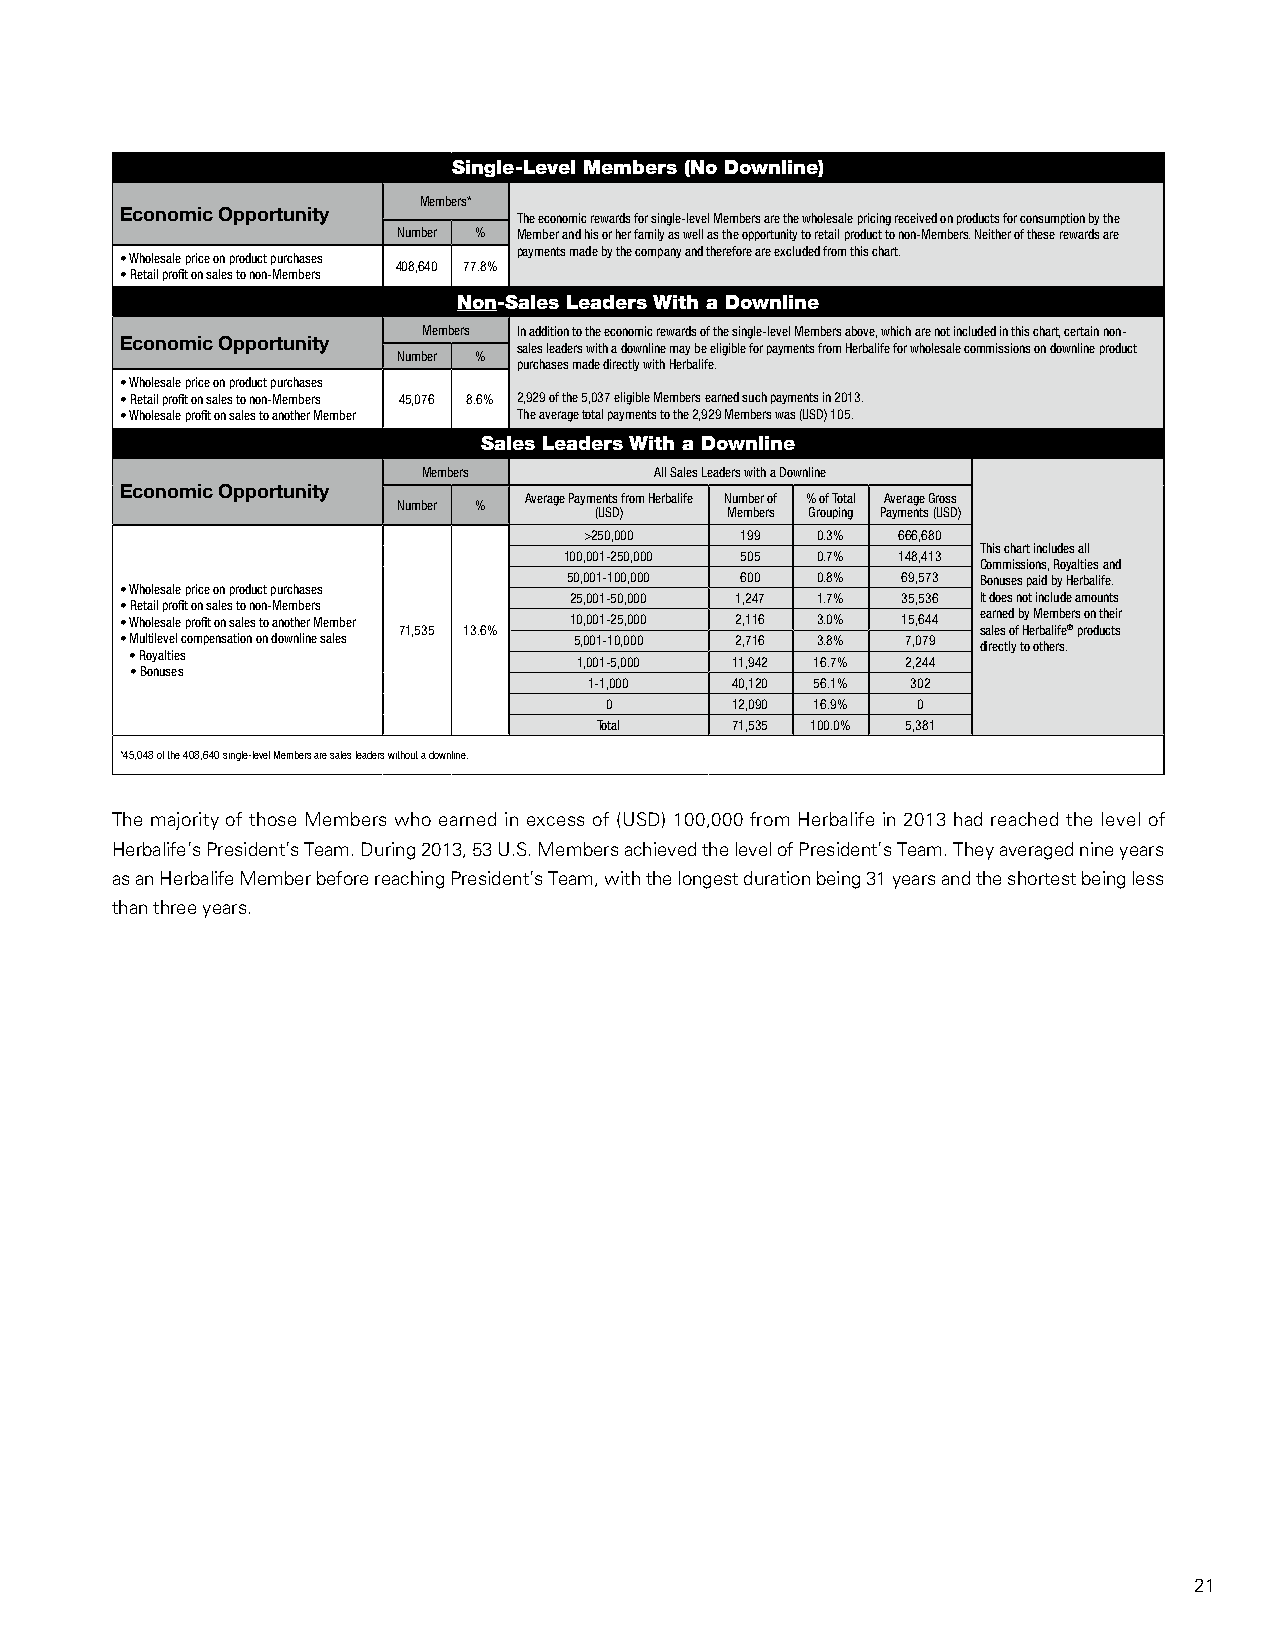
Single-Level Members (No Downline)
 Members*
 Economic Opportunity
 The economic rewards for single-level Members are the wholesale pricing received on products for consumption by the
 Number % Member and his or her family as well as the opportunity to retail product to non-Members. Neither of these rewards are
 payments made by the company and therefore are excluded from this chart.
 • Wholesale price on product purchases
 408,640 77.8%
 • Retail profit on sales to non-Members
 Non-Sales Leaders With a Downline
 Members In addition to the economic rewards of the single-level Members above, which are not included in this chart, certain non-
 Economic Opportunity
 sales leaders with a downline may be eligible for payments from Herbalife for wholesale commissions on downline product
 Number %
 purchases made directly with Herbalife.
 • Wholesale price on product purchases
 • Retail profit on sales to non-Members 45,076 8.6% 2,929 of the 5,037 eligible Members earned such payments in 2013.
 • Wholesale profit on sales to another Member The average total payments to the 2,929 Members was (USD) 105.
 Sales Leaders With a Downline
 Members        All Sales Leaders with a Downline
 Economic Opportunity
 Average Payments from Herbalife Number of % of Total Average Gross
 Number %
 (USD)    Members Grouping Payments (USD)
 >250,000  199  0.3%  666,680
 This chart includes all
 100,001-250,000 505 0.7% 148,413
 Commissions, Royalties and
 50,001-100,000 600 0.8% 69,573 Bonuses paid by Herbalife.
 • Wholesale price on product purchases
 25,001-50,000 1,247 1.7% 35,536 It does not include amounts
 • Retail profit on sales to non-Members
 • Wholesale profit on sales to another Member 10,001-25,000 2,116 3.0% 15,644 earned by Members on their
 71,535 13.6%                           sales of Herbalife® products
 • Multilevel compensation on downline sales 5,001-10,000 2,716 3.8% 7,079 directly to others.
 • Royalties
 1,001-5,000 11,942 16.7% 2,244
 • Bonuses
 1-1,000   40,120 56.1% 302
 0        12,090 16.9% 0
 Total    71,535 100.0% 5,381
 *45,048 of the 408,640 single-level Members are sales leaders without a downline.
 The majority of those Members who earned in excess of (USD) 100,000 from Herbalife in 2013 had reached the level of
 Herbalife’s President’s Team. During 2013, 53 U.S. Members achieved the level of President’s Team. They averaged nine years
 as an Herbalife Member before reaching President’s Team, with the longest duration being 31 years and the shortest being less
 than three years.
 21